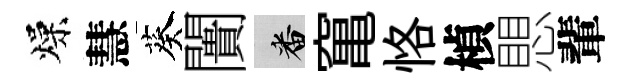
燥慧葵闠番𥧄恪楨愳輩